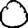
Digit: 0